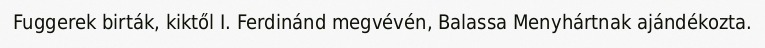
Fuggerek birták, kiktől I. Ferdinánd megvévén, Balassa Menyhártnak ajándékozta.